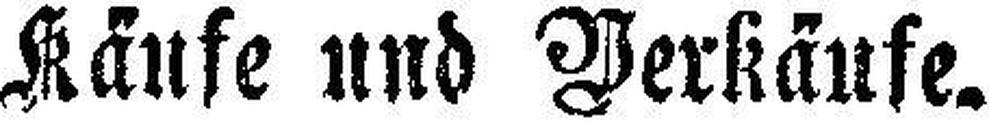
Käufe nnd Verkäufe.